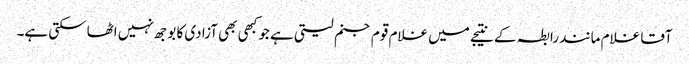
آقا غلام مانند رابطہ کے نتیجے میں غلام قوم جنم لیتی ہے جو کبھی بھی آزادی کا بوجھ نہیں اٹھاسکتی ہے۔